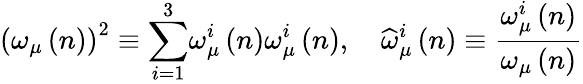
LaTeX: \left(\omega_{\mu}\left(n\right)\right)^{2}\equiv{\displaystyle\sum_{i=1}^{3}}\omega_{\mu}^{i}\left(n\right)\omega_{\mu}^{i}\left(n\right),\quad\widehat{\omega}_{\mu}^{i}\left(n\right)\equiv\frac{\omega_{\mu}^{i}\left(n\right)}{\omega_{\mu}\left(n\right)}